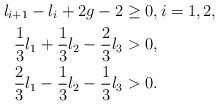
LaTeX: \begin{align*} l_{i+1}-l_i + 2g-2&\geq 0,i=1,2,\\ \frac{1}{3}l_1+\frac{1}{3}l_2-\frac{2}{3}l_3 &>0,\\ \frac{2}{3}l_1-\frac{1}{3}l_2-\frac{1}{3}l_3 &>0.\end{align*}